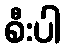
စီးပါ